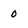
Character: O